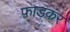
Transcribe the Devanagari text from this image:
फ़ाड़कर